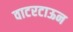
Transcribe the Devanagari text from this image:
वाटरटाऊन